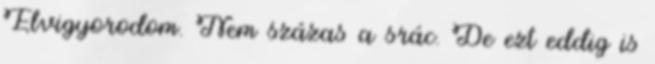
Elvigyorodom. Nem százas a srác. De ezt eddig is